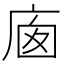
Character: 𢈣